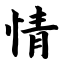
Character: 情